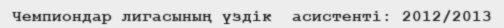
Чемпиондар лигасының үздік  асистенті: 2012/2013